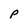
Character: P